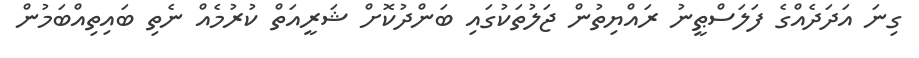
ގިނަ އަދަދެއްގެ ފަލަސްޠީނު ރައްޔިތުން ޖަލުތަކުގައި ބަންދުކޮށް ޝަރީއަތް ކުރުމެއް ނެތި ބައިތިއްބަމުން